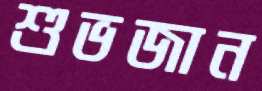
শুভজান